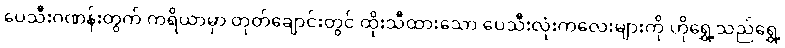
ပေသီးဂဏန်းတွက် ကရိယာမှာ တုတ်ချောင်းတွင် ထိုးသီထားသော ပေသီးလုံးကလေးများကို ဟိုရွှေ့သည်ရွှေ့